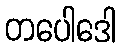
တပေါဒေါ